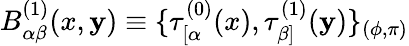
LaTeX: B_{\alpha\beta}^{(1)}(x,\mathbf{y})\equiv\{ \tau_{[\alpha}^{(0)}(x),\tau_{\beta]}^{(1)}(\mathbf{y})\} _{(\phi,\pi)}